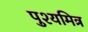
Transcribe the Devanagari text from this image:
पुश्यमित्र